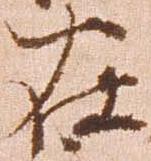
在